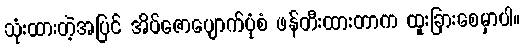
သုံးထားတဲ့အပြင် အိပ်ဇောပျောက်ပုံစံ ဖန်တီးထားတာက ထူးခြားစေမှာပါ။